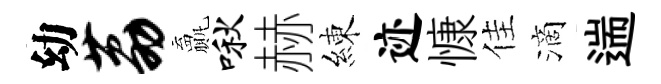
幼荔贏啾赫練迹慷佳滴遄